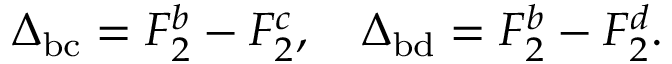
\Delta _ { \mathrm { b c } } = F _ { 2 } ^ { b } - F _ { 2 } ^ { c } , \quad \Delta _ { \mathrm { b d } } = F _ { 2 } ^ { b } - F _ { 2 } ^ { d } .